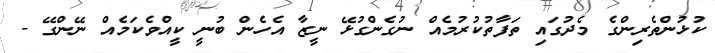
ކުޅުންތެރިންގެ މެދުގައި ތަފާތުކުރުމެއް ނުގެންގުޅޭ ނީޒާ އެހެން ބުނީ ކީއްވެކަމެއް ނޭންގޭ -